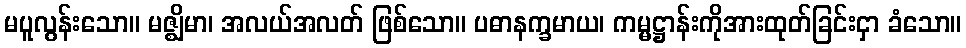
မပူလွန်းသော။ မဇ္ဈိမာ၊ အလယ်အလတ် ဖြစ်သော။ ပဓာနက္ခမာယ၊ ကမ္မဋ္ဌာန်းကိုအားထုတ်ခြင်းငှာ ခံသော။